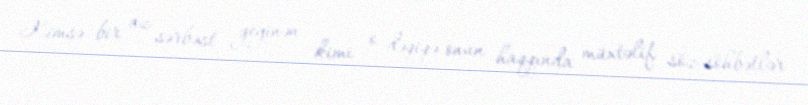
Kimsə bir az sərbəst geyinən kimi o dəqiqə onun haqqında müxtəlif söz-söhbətlər